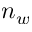
n _ { w }